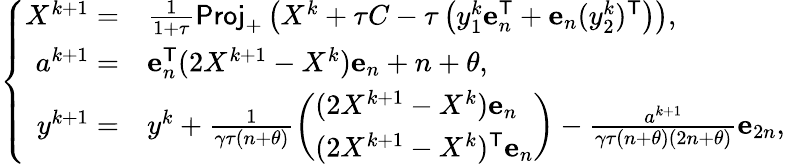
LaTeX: \left\{ \begin{array}{rl}{X^{k+1}=}&{\frac{1}{1+\tau}\mathsf{Proj}_{+}\left(X^{k}+\tau C-\tau\left(y_{1}^{k}\mathbf{e}_{n}^{\mathsf{T}}+\mathbf{e}_{n}(y_{2}^{k})^{\mathsf{T}}\right)\right),}\\ {a^{k+1}=}&{\mathbf{e}_{n}^{\mathsf{T}}(2X^{k+1}-X^{k})\mathbf{e}_{n}+n+\theta,}\\ {y^{k+1}=}&{y^{k}+\frac{1}{\gamma\tau(n+\theta)}\left(\begin{array}{l}{(2X^{k+1}-X^{k})\mathbf{e}_{n}}\\ {(2X^{k+1}-X^{k})^{\mathsf{T}}\mathbf{e}_{n}}\end{array}\right)-\frac{a^{k+1}}{\gamma\tau(n+\theta)(2n+\theta)}\mathbf{e}_{2n},}\end{array}\right.